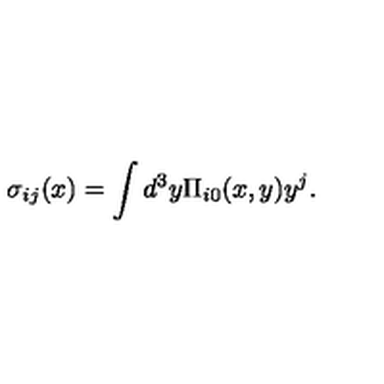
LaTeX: \sigma _ { i j } ( x ) = \int d ^ { 3 } y \Pi _ { i 0 } ( x , y ) y ^ { j } .